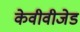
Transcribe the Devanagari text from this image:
केवीवीजेड